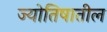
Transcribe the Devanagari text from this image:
ज्योतिषातील